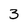
Character: 3